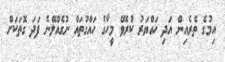
އިމުގެ ތެރެއިން އަދި ހައްޔަރު ކުރެވޭ މީހާގެ ހައްގުތައް ނުގެއްލޭނެ ފަދަ ގޮތަކަށް